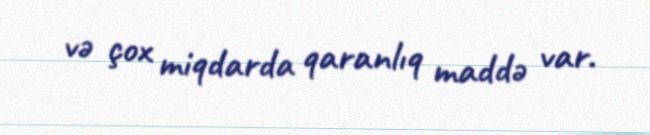
və çox miqdarda qaranlıq maddə var.